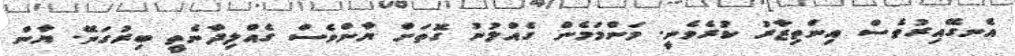
އެނގޭއިރުވެސް އިންތިޒާރު ކުރެވެނީ. މަންމަމެން ގެއްލުނު ގޮތަށް ޔާންވެސް ގެއްލިދާނެތީ ބިރުގަނޭ. ޔާން